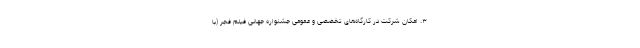
۳. امکان شرکت در کارگاه‌های تخصصی و عمومی جشنواره جهانی فیلم فجر (با